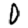
Digit: 0